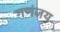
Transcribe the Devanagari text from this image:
गणंजय